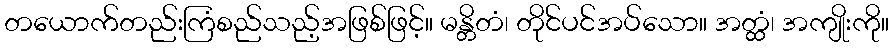
တယောက်တည်းကြံစည်သည့်အဖြစ်ဖြင့်။ မန္တိတံ၊ တိုင်ပင်အပ်သော။ အတ္ထံ၊ အကျိုးကို။